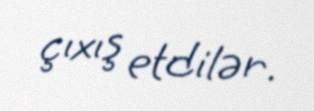
çıxış etdilər.